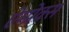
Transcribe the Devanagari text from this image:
ऐम्प्रेक्स